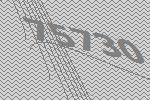
75730